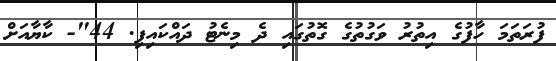
ފުރަތަމަ ހާފުގެ އިތުރު ވަގުތުގެ ގޮތުގައި ދެ މިނެޓު ދައްކައިފި. 44"- ކާޔާއަށް